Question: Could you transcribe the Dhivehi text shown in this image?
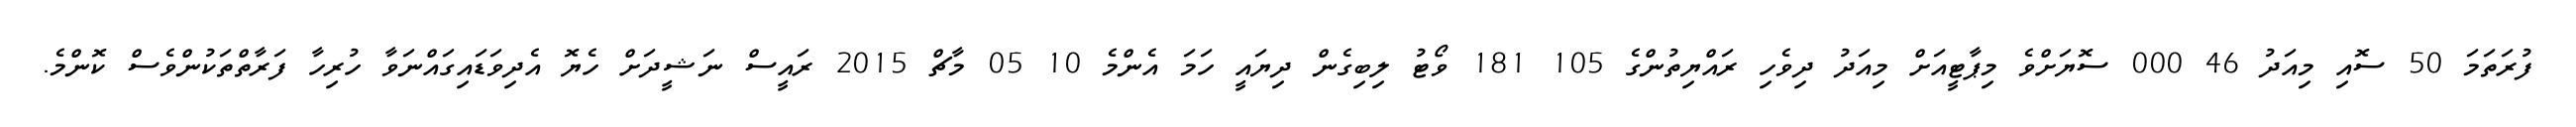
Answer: ފުރަތަމަ 50 ސޮއި މިއަދު 46 000 ސޮޔަށްވެ މިޕާޓީއަށް މިއަދު ދިވެހި ރައްޔިތުންގެ 105 181 ވޯޓު ލިބިގެން ދިޔައީ ހަމަ އެންމެ 10 05 މާޗް 2015 ރައީސް ނަޝީދަށް ހެޔޮ އެދިވަޑައިގައްނަވާ ހުރިހާ ފަރާތްތަކުންވެސް ކޮންމެ.